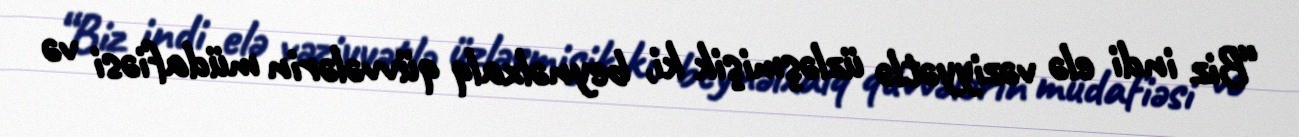
“Biz indi elə vəziyyətlə üzləşmişik ki, beynəlxalq qüvvələrin müdafiəsi və